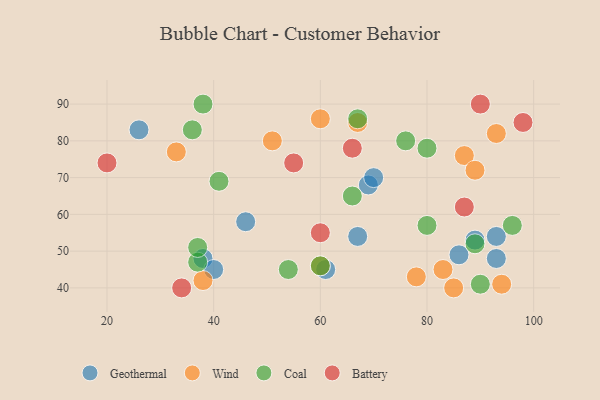
{"axis": {"x": "GDP", "y": "Life Expectancy"}, "legend": ["Battery", "Coal", "Geothermal", "Wind"], "data": [{"x": "46", "y": 58, "type": "Geothermal"}, {"x": "61", "y": 45, "type": "Geothermal"}, {"x": "67", "y": 54, "type": "Geothermal"}, {"x": "93", "y": 48, "type": "Geothermal"}, {"x": "86", "y": 49, "type": "Geothermal"}, {"x": "38", "y": 48, "type": "Geothermal"}, {"x": "93", "y": 54, "type": "Geothermal"}, {"x": "26", "y": 83, "type": "Geothermal"}, {"x": "69", "y": 68, "type": "Geothermal"}, {"x": "70", "y": 70, "type": "Geothermal"}, {"x": "89", "y": 53, "type": "Geothermal"}, {"x": "40", "y": 45, "type": "Geothermal"}, {"x": "51", "y": 80, "type": "Wind"}, {"x": "78", "y": 43, "type": "Wind"}, {"x": "87", "y": 76, "type": "Wind"}, {"x": "89", "y": 72, "type": "Wind"}, {"x": "33", "y": 77, "type": "Wind"}, {"x": "60", "y": 46, "type": "Wind"}, {"x": "94", "y": 41, "type": "Wind"}, {"x": "67", "y": 85, "type": "Wind"}, {"x": "83", "y": 45, "type": "Wind"}, {"x": "38", "y": 42, "type": "Wind"}, {"x": "93", "y": 82, "type": "Wind"}, {"x": "60", "y": 86, "type": "Wind"}, {"x": "85", "y": 40, "type": "Wind"}, {"x": "66", "y": 65, "type": "Coal"}, {"x": "80", "y": 78, "type": "Coal"}, {"x": "41", "y": 69, "type": "Coal"}, {"x": "80", "y": 57, "type": "Coal"}, {"x": "90", "y": 41, "type": "Coal"}, {"x": "96", "y": 57, "type": "Coal"}, {"x": "76", "y": 80, "type": "Coal"}, {"x": "67", "y": 86, "type": "Coal"}, {"x": "37", "y": 47, "type": "Coal"}, {"x": "54", "y": 45, "type": "Coal"}, {"x": "60", "y": 46, "type": "Coal"}, {"x": "38", "y": 90, "type": "Coal"}, {"x": "37", "y": 51, "type": "Coal"}, {"x": "89", "y": 52, "type": "Coal"}, {"x": "36", "y": 83, "type": "Coal"}, {"x": "90", "y": 90, "type": "Battery"}, {"x": "55", "y": 74, "type": "Battery"}, {"x": "66", "y": 78, "type": "Battery"}, {"x": "98", "y": 85, "type": "Battery"}, {"x": "60", "y": 55, "type": "Battery"}, {"x": "20", "y": 74, "type": "Battery"}, {"x": "34", "y": 40, "type": "Battery"}, {"x": "87", "y": 62, "type": "Battery"}]}